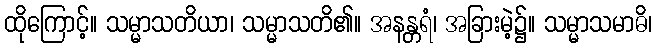
ထိုကြောင့်။ သမ္မာသတိယာ၊ သမ္မာသတိ၏။ အနန္တရံ၊ အခြားမဲ့၌။ သမ္မာသမာဓိ၊